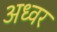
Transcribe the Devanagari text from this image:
अध्वर